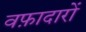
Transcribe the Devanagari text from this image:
वफ़ादारों